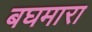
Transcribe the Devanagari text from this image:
बघमारा